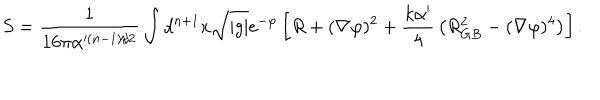
LaTeX: S = { \frac { 1 } { 1 6 \pi \alpha ^ { ( n - 1 ) / 2 } } } \int d ^ { n + 1 } x \sqrt { | g | } e ^ { - \varphi } \left[ R + ( \nabla \varphi ) ^ { 2 } + { \frac { k \alpha ^ { \prime } } { 4 } } \left( R _ { G B } ^ { 2 } - ( \nabla \varphi ) ^ { 4 } \right) \right] .